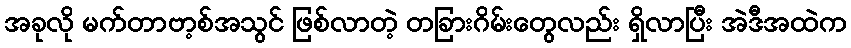
အခုလို မက်တာဗာ့စ်အသွင် ဖြစ်လာတဲ့ တခြားဂိမ်းတွေလည်း ရှိလာပြီး အဲဒီအထဲက